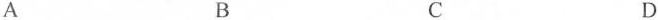
A B C D